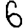
Digit: 6